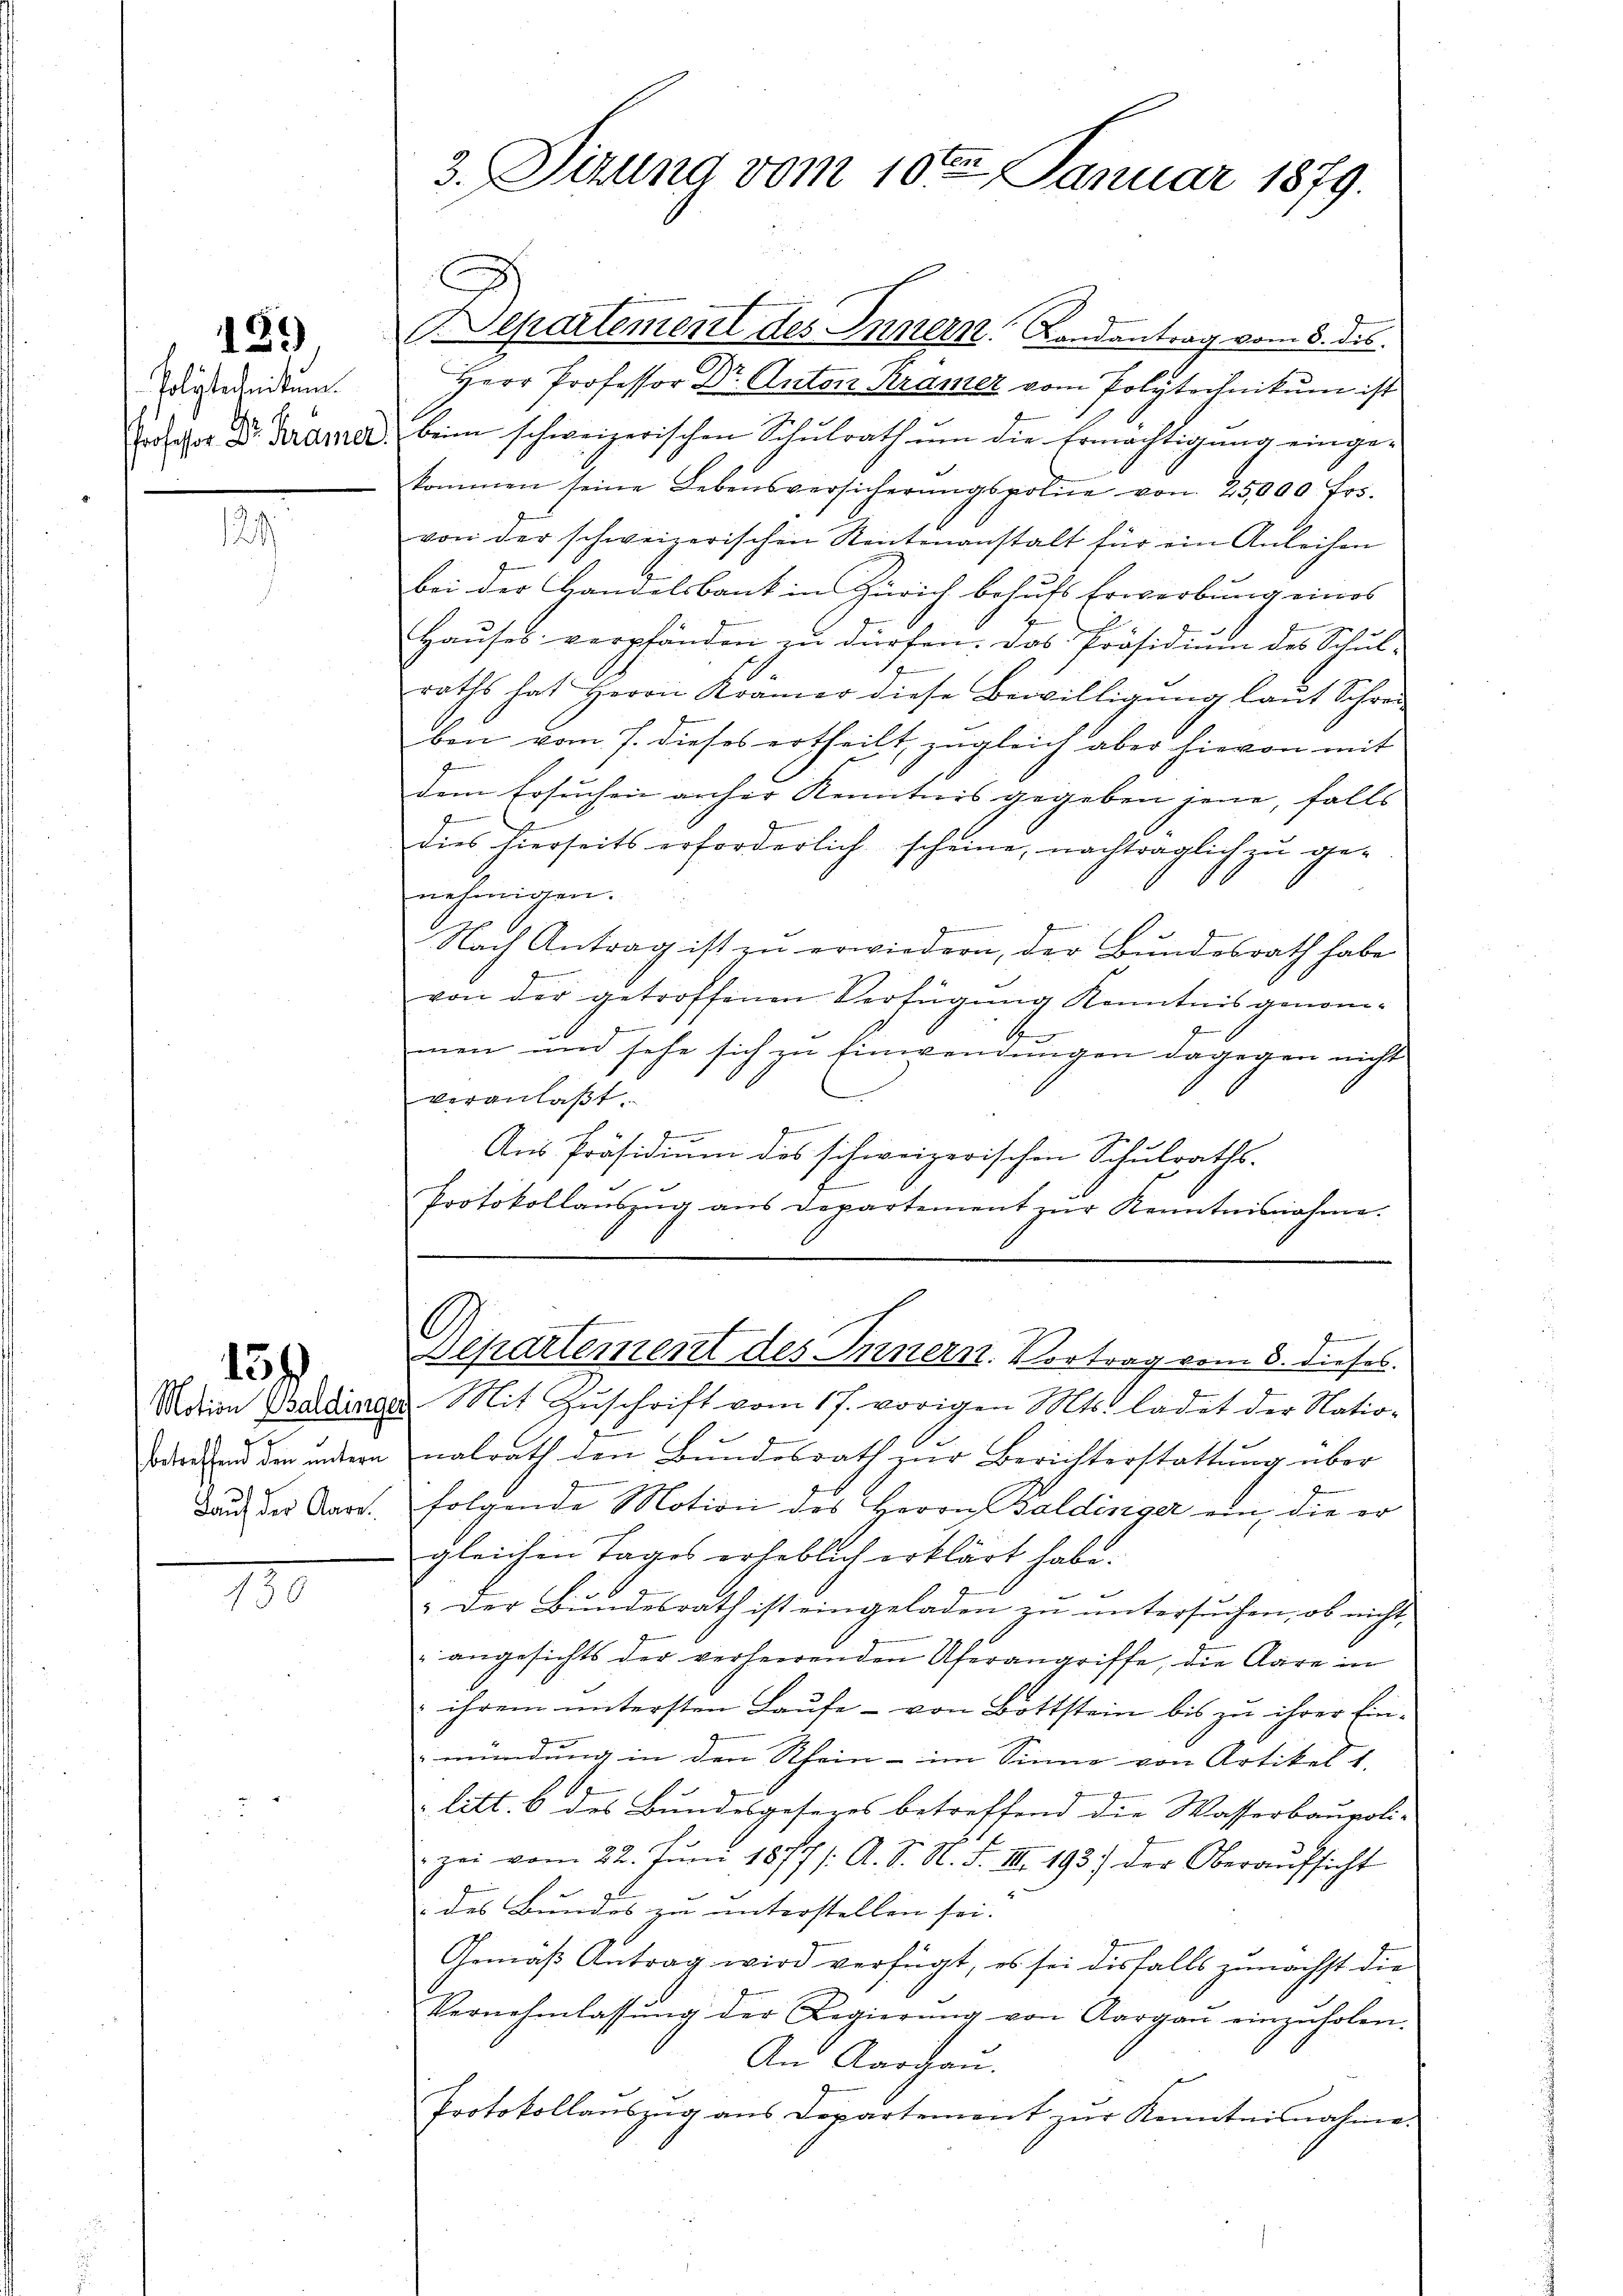
Polytechnikum.
Profesor Dr. Krämer

129

129

Motion Baldinge
betreffend den untern
Lauf der Aare

134

130

3. Sizung vom 10ten Januar 1879.

E

ASepartement des Innern. Landantrag vom 8. des
Herr Professor Dr. Anton Kramer vom Polytechnikum ist
beim schweizerischen Schulrath um die Ermächtigung einge-
kommen seine Lebensversicherŭngspolie von 25000 frs.
von der schweizerischen Rentenanstalt für ein Anleihen
bei der Handelsbank in Zürich behufs Erwerbung eines
1
Hauses verpfänden zu dürfen. Das Präsidium des Schul-
n
s
raths hat Herrn Kramer diese Bewilligŭng laŭt Schrei
ben vom 7. dieses ertheilt, zugleich aber hievon mit
J
dem Ersuchen anher Kenntnis gegeben jene, falls
g
e
dies hierseits erforderlich scheine, nachträglich zu ge-
nehmigen.
Nach Antrag ist zu erwiedern, der Bundesrath habe
von der getroffenen Verfügung Kenntnis genom¬
.
men und sehe sich zu Einwendungen dagegen nicht
veranlaßt.
.
f
Ans Präsidium das schweizerischen Schulraths-
Protokollaŭszŭg ans Departement zŭr Kenntnisnahme.
s
Departement des Innern. Vortrag vom 8. dieses.
Mit Zuschrift vom 17. vorigen Mts. ladet der Natio-
nalrath den Bundesrath zur Berichterstattung über
folgende Motion des Herrn Baldinger ein, die er
gleichen Tages erheblich erklärt habe.
: der Bŭndesrath ist eingeladen zŭ ŭntersŭchen, ob nicht
" angesichts der verheerenden Uferangriffe, die Aare in
 ihrem untersten Laufe von Bottstein bis zu ihrer Einmündung in den Rhein - im Sinne von Artikel 1,
litt. 6 des Bundesgesezes betreffend die Wasserbaupoli-
zei vom 22. Juni 1877 /: A. S. N. F. III. 193) der Oberaŭfsicht
des Bundes zu unterstellen sei.
Gemäß Antrag wird verfügt, es sei diesfalls zunächst die
Vernehmlassŭng der Regierŭng von Aargaŭ einzuholen.
An Aargau.
Protokollanszŭg ans Departement zŭr Kenntnisnahme.